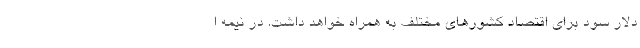
دلار سود برای اقتصاد کشورهای مختلف به همراه خواهد داشت. در نیمه ا